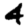
Digit: 4